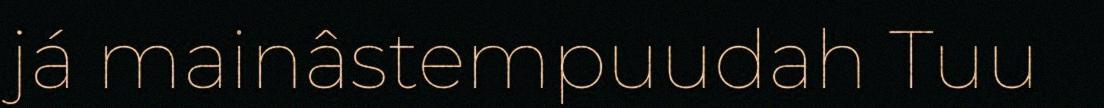
já mainâstempuudah Tuu